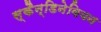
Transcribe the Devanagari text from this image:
स्कैन्डिनेवियन